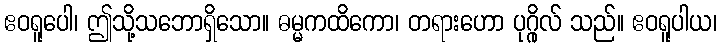
ဧဝရူပေါ၊ ဤသို့သဘောရှိသော။ ဓမ္မကထိကော၊ တရားဟော ပုဂ္ဂိုလ် သည်။ ဧဝရူပါယ၊